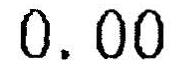
0.00